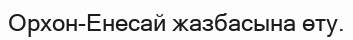
Орхон-Енесай жазбасына өту.